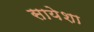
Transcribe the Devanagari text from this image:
सायेशा